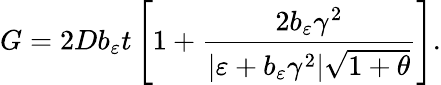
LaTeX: G=2Db_{\varepsilon}t\left[1+\frac{2b_{\varepsilon}\gamma^{2}}{\vert\varepsilon+b_{\varepsilon}\gamma^{2}\vert\sqrt{1+\theta}}\right].